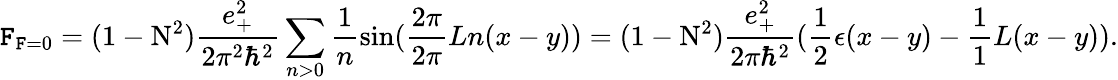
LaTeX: {\cal\mathtt{F}}_{\mathrm{{\mathtt{F}}}=0}=(1-\mathrm{{N}}^{2})\frac{{e_{+}^{2}}}{{2{\pi}^{2}{\hbar}^{2}}}\sum_{n>0}\frac{{1}}{{n}}\sin(\frac{{2\pi}}{{2\pi}}{L}n(x-y))=(1-\mathrm{{N}}^{2})\frac{{e_{+}^{2}}}{{2\pi{\hbar}^{2}}}(\frac{{1}}{{2}}\epsilon(x-y)-\frac{{1}}{{1}}{L}(x-y)).